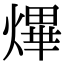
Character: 熚